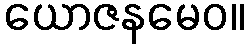
ယောဇနမေဝ။